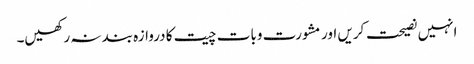
انہیں نصیحت کریں اور مشورت وبات چیت کا دروازہ بند نہ رکھیں۔